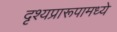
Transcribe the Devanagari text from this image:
दृश्यप्रारूपामध्ये